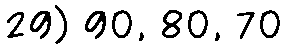
29) 90, 80, 70